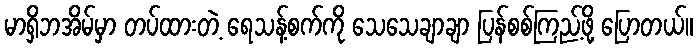
မာရှိဘအိမ်မှာ တပ်ထားတဲ့ ရေသန့်စက်ကို သေသေချာချာ ပြန်စစ်ကြည့်ဖို့ ပြောတယ်။